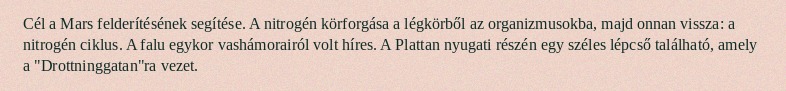
Cél a Mars felderítésének segítése. A nitrogén körforgása a légkörből az organizmusokba, majd onnan vissza: a nitrogén ciklus. A falu egykor vashámorairól volt híres. A Plattan nyugati részén egy széles lépcső található, amely a "Drottninggatan"ra vezet.